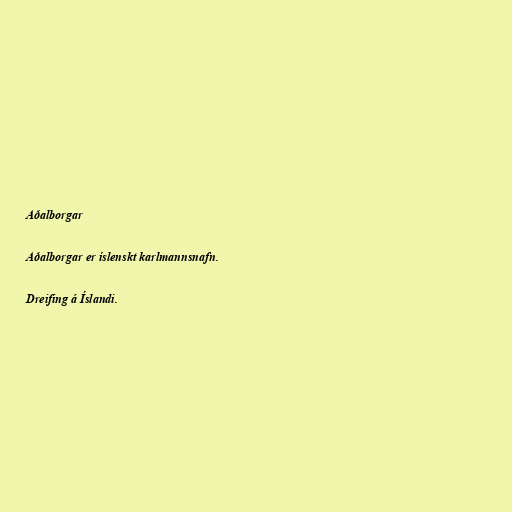
Aðalborgar

Aðalborgar er íslenskt karlmannsnafn.

Dreifing á Íslandi.